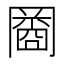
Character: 𠕬